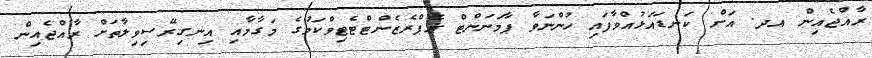
ރާއްޖެއިން އދ. އަށް ކަނޑައަޅުއްވާފައި ހުންނަވާ ޕާމަނަންޓް ރެޕްރެޒެންޓްޓެޓިވްކަމުގެ މަގާމާއި އިނގިރޭސިވިލާތަށް ރާއްޖެއިން